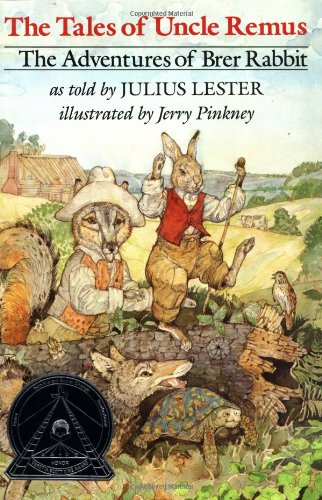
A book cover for The Tales of Uncle Remus: The Adventures of Brer Rabbit; Julius Lester; Children's Books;